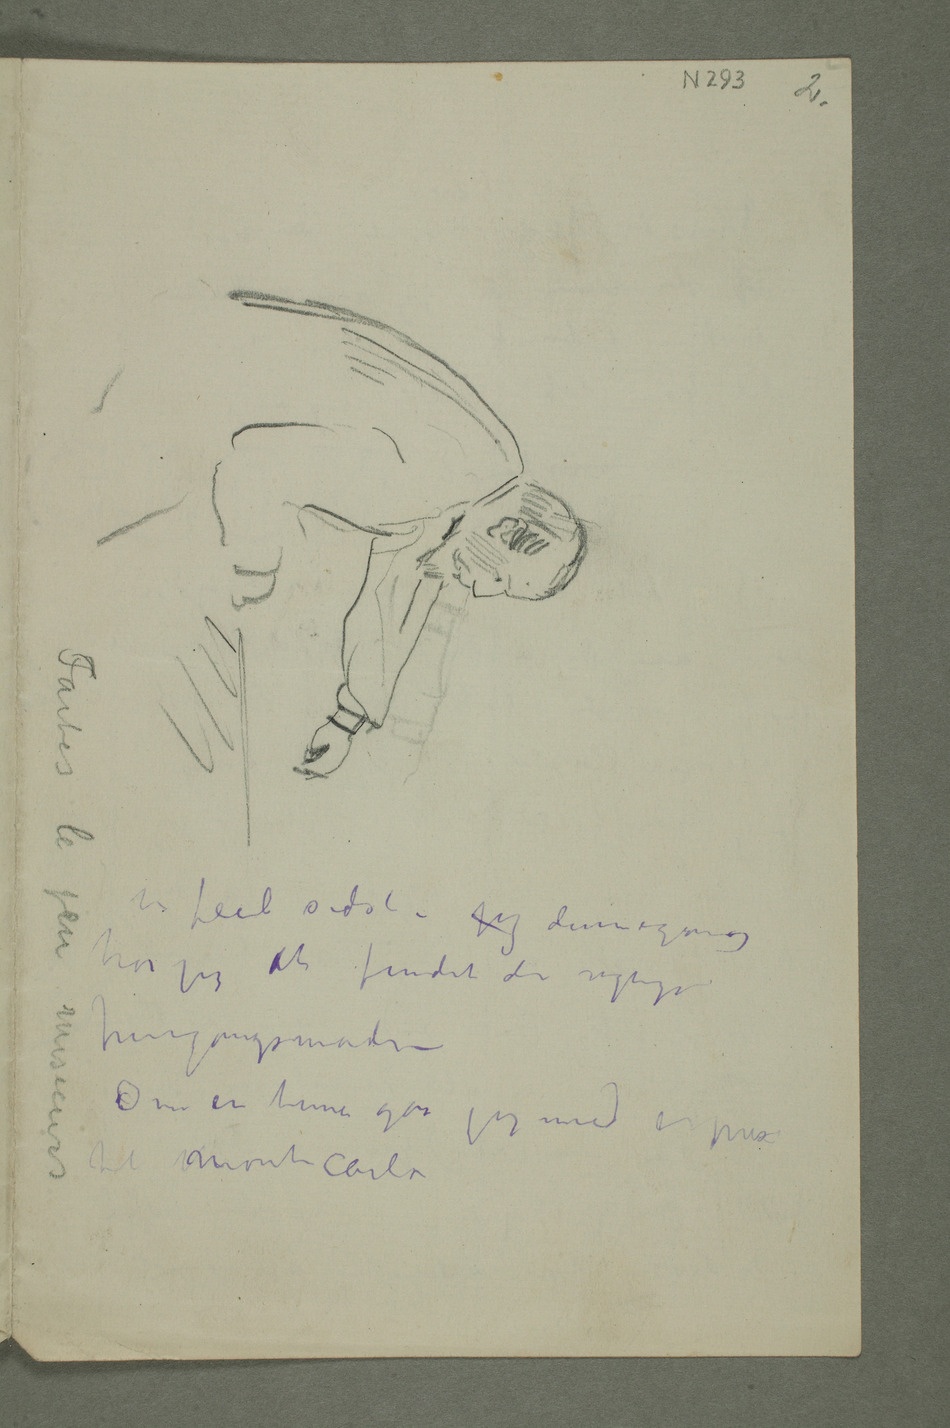
fremgangsmåden –
Om en time går jeg med expressen